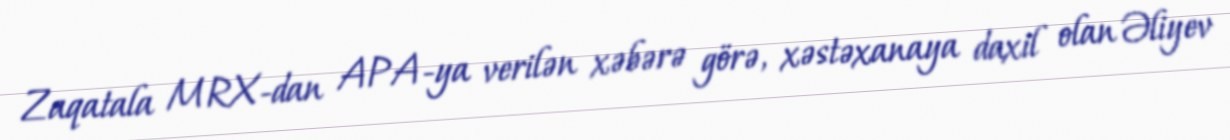
Zaqatala MRX-dan APA-ya verilən xəbərə görə, xəstəxanaya daxil olan Əliyev